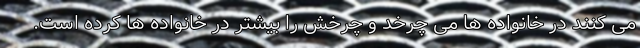
می کنند در خانواده ها می چرخد و چرخش را بیشتر در خانواده ها کرده است.